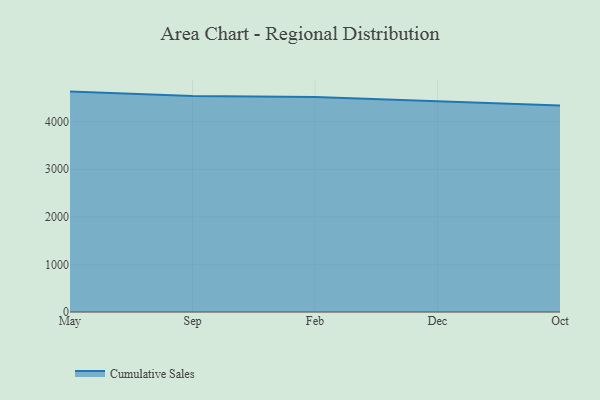
{"axis": {"x": "Month", "y": "Production Output"}, "legend": ["Cumulative Sales"], "data": [{"x": "May", "y": 4632.0, "type": "Cumulative Sales"}, {"x": "Sep", "y": 4537.7, "type": "Cumulative Sales"}, {"x": "Feb", "y": 4518.5, "type": "Cumulative Sales"}, {"x": "Dec", "y": 4427.0, "type": "Cumulative Sales"}, {"x": "Oct", "y": 4337.9, "type": "Cumulative Sales"}]}